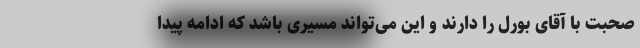
صحبت با آقای بورل را دارند و این می‌تواند مسیری باشد که ادامه پیدا